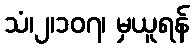
သံ၊၂၊၁၀၇၊ မှယူရန်